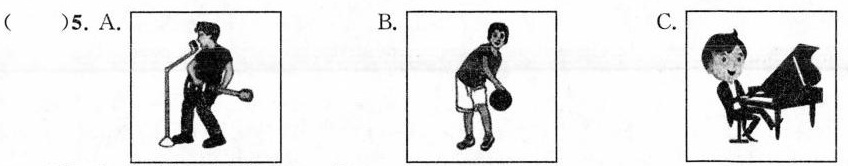
( )5.A. B. C.